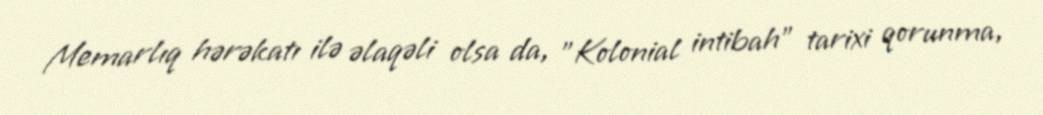
Memarlıq hərəkatı ilə əlaqəli olsa da, "Kolonial intibah" tarixi qorunma,